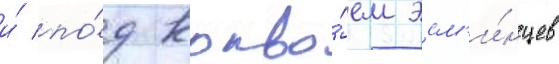
и́ по́д конво́ем эсм'и́нцев